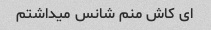
ای کاش منم شانس میداشتم